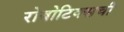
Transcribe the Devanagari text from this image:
रोबोटिक्सची